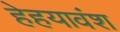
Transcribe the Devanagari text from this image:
हेहयावंश